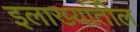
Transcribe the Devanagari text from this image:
इलाख्यांतील